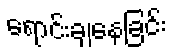
ရောင်းချနေခြင်း